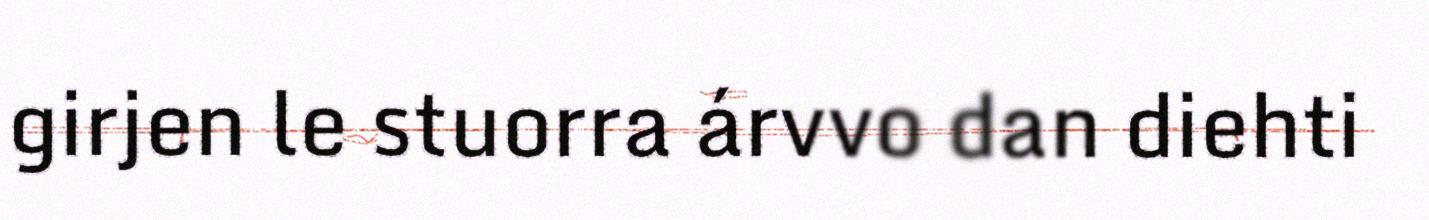
girjen le stuorra árvvo dan diehti